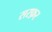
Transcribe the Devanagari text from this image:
सरफ़र